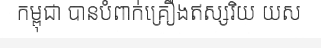
កម្ពុជា បានបំពាក់គ្រឿងឥស្សរិយ យស